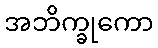
အဘိက္ခုကော